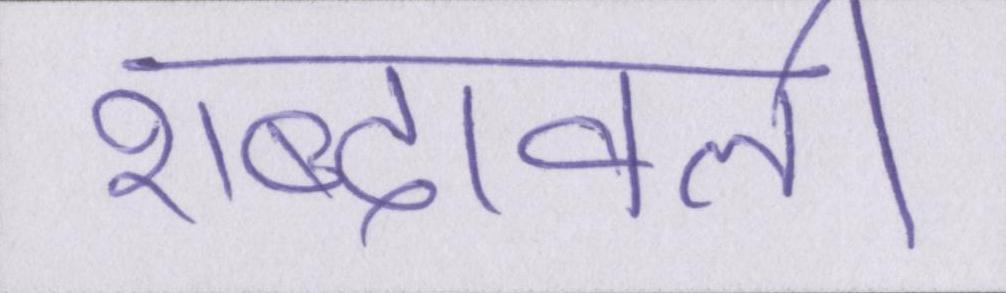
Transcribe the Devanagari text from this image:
शब्दावली